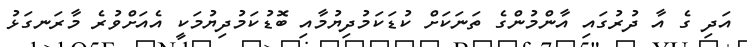
އަދި ގެ އާ ދުރުގައި އާންމުންގެ ތަނަކަށް ކުޑަކަމުދިޔުމާއި ބޮޑުކަމުދިޔުމަކީ އެއަށްވުރެ މާރަނގަޅު